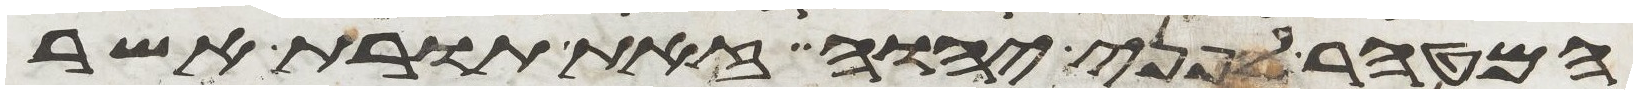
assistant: המטהר לפני יהוה זאת תורת אשר